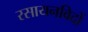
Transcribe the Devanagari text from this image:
रसायनविदों